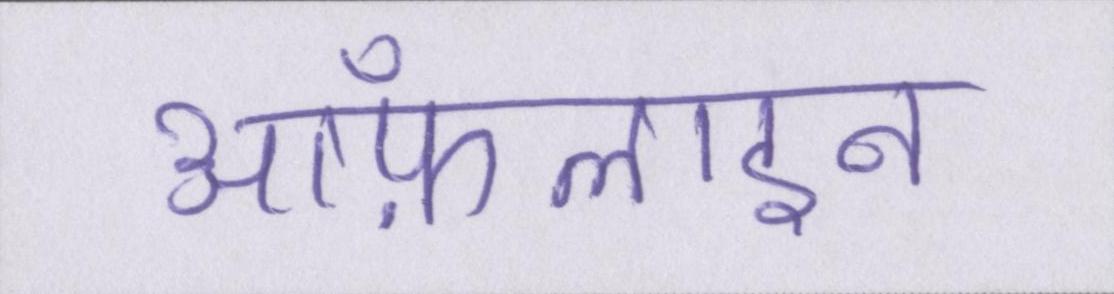
ऑफ़लाइन